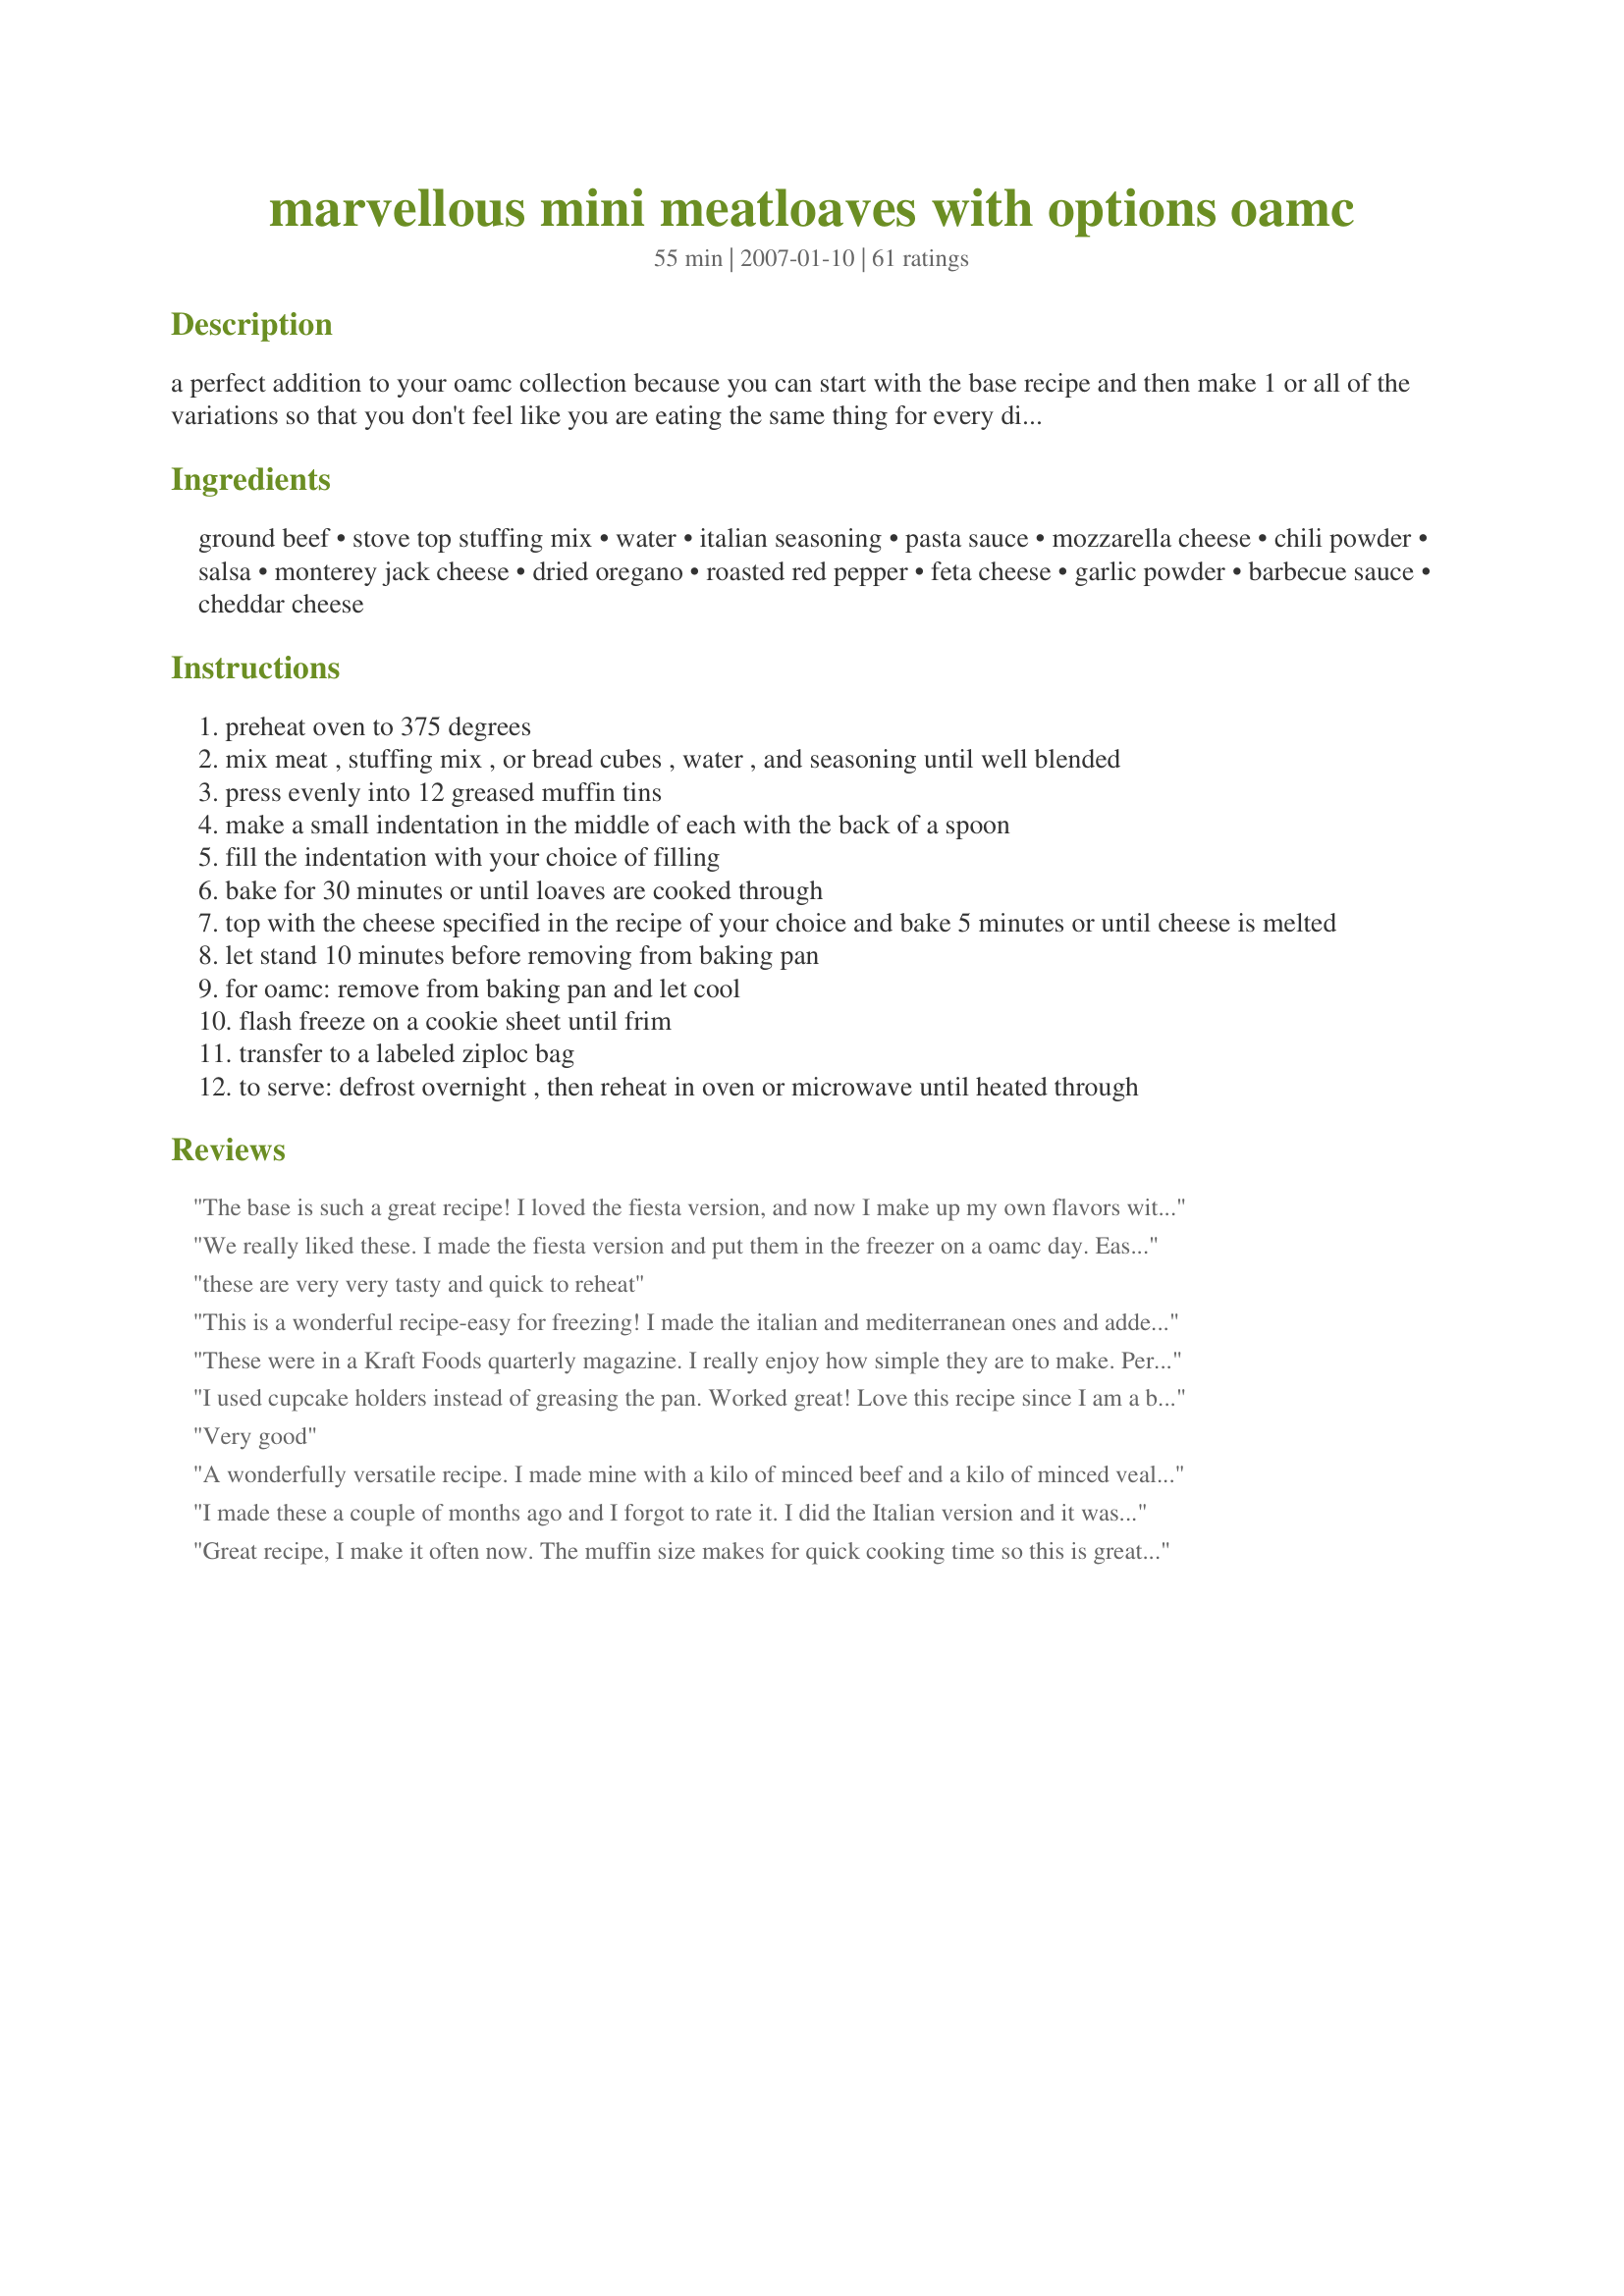
marvellous mini meatloaves with options oamc
Preparation time: 55 minutes

a perfect addition to your oamc collection because you can start with the base recipe and then make 1 or all of the variations so that you don't feel like you are eating the same thing for every dinner. this recipe is great for singles too because the mini loaves are individual servings and you can take out as many or as few as you need.

Ingredients:
ground beef, stove top stuffing mix, water, italian seasoning, pasta sauce, mozzarella cheese, chili powder, salsa, monterey jack cheese, dried oregano, roasted red pepper, feta cheese, garlic powder, barbecue sauce, cheddar cheese

Steps:
preheat oven to 375 degrees
mix meat , stuffing mix , or bread cubes , water , and seasoning until well blended
press evenly into 12 greased muffin tins
make a small indentation in the middle of each with the back of a spoon
fill the indentation with your choice of filling
bake for 30 minutes or until loaves are cooked through
top with the cheese specified in the recipe of your choice and bake 5 minutes or until cheese is melted
let stand 10 minutes before removing from baking pan
for oamc: remove from baking pan and let cool
flash freeze on a cookie sheet until frim
transfer to a labeled ziploc bag
to serve: defrost overnight , then reheat in oven or microwave until heated through

Reviews:
The base is such a great recipe! I loved the fiesta version, and now I make up my own flavors with whatever I have on hand. Thanks for posting this one.
We really liked these. I made the fiesta version and put them in the freezer on a oamc day. Easy to make and very tasty. Much quicker than regular meatloaf. Thanks!
these are very very tasty and quick to reheat
This is a wonderful recipe-easy for freezing! I made the italian and mediterranean ones and added dried minced onions, garlic, S&P to each. I used 90/10 ground sirloin and there wasn't much grease. I used both the small and large muffin tins and the larger muffin tins turned out moister than the small ones. I used a box of stovetop stuffing mix for each recipe. The small ones would work out good for my teenager's after school snacks and the larger ones for meals. thanks for the recipe.
These were in a Kraft Foods quarterly magazine. I really enjoy how simple they are to make. Personally, I like the stuffing addition--good flavor. My favorite is the fiesta version.
I used cupcake holders instead of greasing the pan. Worked great! Love this recipe since I am a big fan of stuffing mix. Smart idea! Next time I will add salt and pepper or the Italian seasoning. Otherwise,e these came out perfect.
Very good
A wonderfully versatile recipe. I made mine with a kilo of minced beef and a kilo of minced veal/pork. That's about 2.2 lbs, so I slightly upped most of the other ingredients. I added 3 finely minced cloves of garlic to the stuffing mix (including some garlic was a MUST) and in making the Mediterranean version, I used a full cup of roasted red pepper, roughly chopped, and about a dozen kalamata olives, also roughly chopped. I increased the feta to a full cup and mixed it in with the other filling ingredients rather than putting it on top at the end of the cooking time. I also added marjoram and thyme to the oregano. In filling the muffin pans, I used about 2/3 of the meat mixture, added the Mediterranean ingredients as a filling and put the reserved meat mixture on top of each mini meatloaf. My mixture made one full tray of mini meatloaves, plus another partly full tray (of 8) mini meatloves. They were moist and delicious, and as other have commented, being muffin-sized, they are so easily and conveniently retrievable from the freezer for individual meals! Thanks for sharing this recipe, *Pamela*!
I made these a couple of months ago and I forgot to rate it.
I did the Italian version and it was excellent, getting ready to make again!
Great recipe, I make it often now. The muffin size makes for quick cooking time so this is great to make from start to finish on weeknights.
This was so easy, so inexpensive, and so good!!! I will make again and again, thanks for sharing!!
DH thought these were amazing. We only tried the BBQ version, but the other versions look tasty as well! I didn't have a muffin pan at the time, so I just put the balls next to each other in a glass 9x12. Still turned out delicious!
Wonderful! I followed another reviewers suggestion of freezeing these raw, but then I couldn't get them out of the muffin tins, so we ate them sooner than I thought. No objections here! I made them with BBQ sauce and marble cheese. These will deffinately be made again and again!
Perfect in every way!! I made basic meatloaf and an oriental meatloaf recipe and they were awesome!
These are going in my monthly collection for sure!
Use lower fat beef for less grease and don't over fill the muffin cups.
Pamela...these were so easy, versatile and yummy! Made the BBQ version for DH and myself. We had three for dinner and I froze the other nine for future meals. Very moist, but held together well. I also like the fact that they cooked up much quicker than traditional meatloaf. I'm anxious to try the other versions. Thanks for sharing.
I just tried these last night. I made the bbq version for my boyfriend and me. They were delicious and tons of fun to make! I can't wait to try some of the other variations. Thanks for the recipe Pamela!! :)
I made the fiesta version and they were amazing! Next time I will mix the stove top and the seasoning before adding it to the beef. I didn't and some meatloafs came out with an extra kick. I will also try using ground turkey next time since I'm trying to limit my red meat intake. I'll post an updated review when I try the ground turkey.
I made this recipe with prepared stuffing mix. It made 12 nice sized "muffins" that we well liked by all ages. The leftovers were used to make meatloaf sandwiches. Any recipe this easy will be made again in my house!
First a point: The box of Stove Top stuffing that I bought at Wal-Mart...standard size...was around 170 grams not 120 grams. I poured it all in and thought it was a bit much, so I took about 1/3 of it out. Turned out fine.

Anywho. My husband is not a fan of meatloaf (waste of good hamburger) and he really liked these. 

Made the BBQ version without putting in the bbq sauce. Added it on the side because the kids aren't fond of bbq sauce. 

Used 90/10 ground beef that I bought at Sam's. Very little grease, but I removed from my muffin pan and placed on a paper towel.

We're going to try the Italian ones next in lieu of meatballs.
These are really pretty good! I liked the texture, and they worked great for freezing.&lt;br/&gt;&lt;br/&gt;That said, they were a little dry. Next time, I&#039;m hollowing out the middle about halfway down and filling that with sauce and cheese. Mmmm!
I'm a busy student with not much time to cook, but I threw these together for dinner tonight (incorrectly, I might add - apparently I can't read and so I added the BBQ sauce to the meat mixture) and WOW. Even with my accidental change the recipe, these turned out absolutely FANTASTIC and I will surely be attempting the other flavors!
These were so great and easy to make! They were moist and delicious. In fact, they even turned out looking really cute... which never happens. Next time I think I might try them with some turkey burger for a low fat/healthier alternative. Great recipe!
These are easy and fun to make. Kinda nice change from traditional meatloaf.
Pamela...thanks for such a great recipe idea, or ideas. I made these some weeks back. Actually, I made two batches and baked them without the toppings. I made the toppings and froze them in ice cube trays, then bagged each "flavor" in freezer bags. It
s so convenient to come home, pop an ice cube flavor you're in the mood for into the micro-wave in coffee cup (or other suitable container). Then I can "match" the muffins with whatever veggies I have at hand. I also made meatballs, and I put them into a pot with marinara sauce, gravy or again..anything I have on hand. These have saved me from having to "cook" many lunches or dinners in a jiffy on quite a few ocassions.These are also great for "portion control". Definitely a keeper!
WOW! Who knew that ground hamburger, stove top stuffing, and water could be so good! I made this for my grandparents and parents and I got rave reviews! Awesome!
For taste appeal, I actually give 4 stars, maybe 3.5 but the concept and ease of recipe far outweighs my tastebuds here, those issuces can be easily tweaked. These mini meatloaves, are just what every working mom needs. I made these and mashed potatoes for dinner in just over 30 minutes. Super easy to prepare. I had Chicken stuffing on hand, so used that and made the italian version. Next time I will probably add more meat, because the stuffing seemed to overpower it, and I tasted that the most. I used 90% lean hamburger and filled cups almost to the top, without problems. The were done on time and did not dry out.

Wonderfully easy concept! Will become a staple in our rotation for sure!
I made a double batch (with 3 pounds of ground beef) for OAMC. I divided the "base recipe" into fourths, then made a half recipe of each meatloaf version. So easy to pull out of the freezer for a quick meal! I loved all 4 flavors.
Oops I meant to add 5 stars to my review!
These are great. I used the Italian version for spagetti and meatballs. They were were quick and easy. I cooked them in a mini muffin pan. I also just mixed everything together, and added a very small onion. Great for lunch and we will eat the rest for supper with our spagetti.
These were great for everyone, even the 3 year old. We did double the recipe and tried the italian and BBQ versions. Italian was the big hit. Thanks!!
Delicious! Best Meatloaf idea ever! I used 2lb ground beef, homemade breadcrumbs, Worcestershire sauce, ketchup, onion powder, garlic, s & p, and 2 eggs. I know my recipe is different but I wanted to comment on the idea of the mini meatloaf. I love it. I didnt like meatloaf before because the center always had a texture that I didnt like, but now the center is firm without being dry, and there are more crusty bits on the outside which I enjoy.I didnt have a muffin pan so I used a pineapple can ring to form my meatloaves. If you dislike the texture of traditional meatloaf, you should try this. My recipe made 8 mini meatloaves with 2 per serving. I froze the other 4 for our next meatloaf dinner.thanks for this idea!
I have to admit I am a meatloaf loathing convert! These are sooo good! I made the italian version , execpt I noticed that I forgot to add the italian seasoning. I used the store brand chicken stuffing mix. I also used half ground beef and half ground turkey (I have trouble digesting ground beef and the mixture of the two keeps my tummy happy) The whole family loved these. So easy to make, I did not bake them ahead of time. I prepared them and placed them in muffin pans in the freezer for a few hours and when they were frozen popped them out into a freezer bag. When I baked them I placed them on a cookie sheet and baked at the instructed time and temp. Perfect results! I served mine with twice baked potatoes. Thank you Pamela for a wonderful receipe that keeps my whole family happy!
Pretty good! A hint if you are putting it in the freezer and ...you may want to cut the baking time by a few minutes that way the mini loaves won't be dried out when you reheat it.
My hubby hates meatloaf so I told him they were meatballs. Lol I got away with it. He loved them. I served them on the side with some cheese tortellini. Thanks for a superb dinner.
I love this recipe because it's simple, versatile and requires very little prep and ingredients. I've done the fiesta version and the italian version- both with favorable results. The meatloaves are soft and moist and the toppings add flavor and fun. Once, I used two cans of canned tuna (drained) instead of the beef because that's all I had on hand and a can of mushrooms and it turned out pretty good. The only suggestion to the posted recipe is that I would make is to use a little less water. Typically, I make a whole batch, package them up into individual servings and then grab-and-go for a quick lunch or dinner. I like to eat them either hot or cold. This recipe is a winner!
3/28/08- I just wanted to add that I sometimes make these as large meatballs placed on a foil-lined cookie sheet. This makes for less mess in a muffin tin and are easy to eat on the run cold or warmed up. I love this recipe and eat it at least twice a month!
I have just made these with turkey mince, and they are gorgeous, I did add some BBQ seasoning in with the meat x
I have tried the italian version, it was good.
I used these for OAMC for easy lunches for my 22 month old or for the kids when I need something in a pinch! Love them! I love them in the muffin pan because they are serving size for kids, but best of all, the time is cut in more than half to make the meatloaf. So easy and fun, I will be using this one on a regular basis! I did use Pepperidge Farms bread cubes and put them in the water first and mashed the cubes before adding to ground meat.
Made the BBQ version. Really liked the taste of it, and it was really easy to make. My only problems were that it fell apart after cooking, and it was really greasy
This were great! I made the italian and fiesta versions for us and a modified version for a friend who just gave birth to twins (and has 3 other kids already!). I made two recipes altogether, one for her (just used chedder cheese) and splitting the other one so I ended up with 6 of each version. I used a whole box of stuffing mix for each recipe and jumbo muffin tins. When filling the tins, I pushed a hole in the center, put the fillings in and then added a bit more of the meat mixture, sealing the hole. It worked out really well! The stuffing gives it such a great flavor. I loved both versions, but I loved the fiesta one a teeny bit more. :) Thanks for a fantastic recipe for a new OAM cooker!
I liked these because I like the stove top stuffing. My husband said thats all he could taste and didnt really like it. We'll try the plain bread kind next time and add our own seasonings, its a nice snack to have on hand for busy days.
fantastic! i had a 1 lbs. ground beef, which was a little too much for 24 mini muffin tins. i did the fiesta mexican version. instead of chili powder, i used a taco packet. i also added a bit of minced onion to the meat. i filled my muffin tins in the morning, so dinner was pretty much done! this is such a great recipe, i can't wait to try other versions. i want to try the mediterranean version and put feta cheese in the meat! thanks for posting, this is an awesome, versatile keeper!!!
I made the italian recipe but will definitely make the other versions as well! They are a twist on my mother's old fashioned meat loaf...and she even enjoyed them! thanks for sharing
I wanted to try this recipe, but I couldn't figure out what to do with the 1 cup of water listed in the base recipe. Maybe I'm missing it, but it doesn't seem to specify in the recipe if you mix it in with the ground beef and stuffing (which I would assume?). Hmmmmm....
Mmmm I made a variety of these and froze my family loved them.
yum!!! i made the bbq version tonight and they were great. i can't wait to try the other versions. thanks for a great easy recipe. i used lean beef so there wasn't lots of grease.
I made these tonight for dinner. They were very good! I made the Italian version, but I plan on trying each variety! We ate 6 between the 3 of us and I am freezing the others for later! Thanks!
This was FANTASTIC. The boy ate all of it. I used Turkey instead of beef. And there are WAY more ways to combine the meat and sauces that I brainstormed. Be creative! Have fun!
I thought these would be great but the kid weren't thrilled. On some of them, I used just the main recipe with ketchup on top and they were the best. A great idea, though, and I may use a different recipie to make meat muffins in the future.
This is an awesome toddler recipe. I made it OAMC with a friend for our toddler boys. We got in a hurry and mixed all ingredients together instead of making a hole and so forth....worked perfect and did the same thing the second time. Yummy! Thanks!
These are delightful. I made 3 of each. Last night was Mediterranean and Fiesta, tonight is Italian and BBQ.
Thank you, Pam, for posting this.
I really wanted to like this esp. with all the great reviews. Sadly, it was not a hit here. I used lean gr. turkey/ 90% lean gr. beef and grease formed in the intention where the sauce was. Next batched made the intentions but didn't add the sauce. Once cooked dabbed the grease out of the intention then added the bbq sauce and cheese. Better but I wouldn't make again.
These are magically delicious. Made the italian and mexican versions and they were wonderful. Sharing this recipe with all my friends! Thank you!
These are quick, easy and delicious! I made the Fiesta version and the BBQ version. These are perfect to have on hand for last minute dinners. I look forward to trying the Italian and Mediterranean versions soon. I may try adding sauteed green peppers and onions to the next batch to add a little moistness and extra flavor (though it's really great as written). Thanks for posting such a great recipe Pamela!
I made the Bar B Q version and they were ALL gone! I blended everything together BUT the cheese and it turned out great!
Thanks for something that is easy to make ahead and throw in the over later!
Jenn
This was a nice, easy meal to throw together, with enough left over to freeze for another dinner. I used 1 1/4 lbs of 93% lean beef, and a 6 ounce package of cornbread stuffing mix. (I may omit a little bit of the stuffing next time.) DH was not too fond of the BBQ sauce - next time, I may stick with ketchup, and mix the cheese in with the meat. Served with mashed potatoes and peas. Thanks for sharing!
Tastes good and so, so easy! Now have several little meatloaves in the freezer. Yeah!
These were great for OAMC. I am NOT a meatloaf person but loved these. We did have a problem with grease boiling out of the muffin tins, so be sure to line your oven. Also, it made more than stated here for us. Probably 2-4 mini loaves is a serving. DH thought they needed a bit more of the extra stuff on top, maybe even mix it in next time.
I made these the other night from the Kraft Food & Family magazine and was just coming to post the recipe. I guess I don't have to do that anymore! I made the BBQ kind. We ate half of them and I froze the rest. I am planning to take one or two to work tomorrow for lunch. I also plan to try the other variations of these. DBF loves these "meat muffins"!
I made the bbq version, and used dry bread cubes. A great stretcher. Next time, I would cut the cubes smaller, and add less water, I think. These were awfully loose and a bit greasy, but I think that was the quality of the meat. I used 2# ground beef, and they made a bit of a mess in the oven. Still, very tasty. Amazing idea, and a good recipe! Will be freezing leftovers to test for OAMC. ETA 8/16/09: I made these last nite, w/out the bread and water, the Italian version. Filled w/a cube of moz instead of shreds, which is infinitely easier. While the bread IS a great stretcher, the all-meat version is good for low-carbing. Thanks again, *Pamela*.
What an AMAZING OAMC recipe! I do have to admit (as embarrasing as it is) I forgot to add the water! At least on most of them I did. I used 2 pounds of ground beef and 1 pound of loose sweet Italian sausage, and still only used 1 box of stuffing mix. Since I forgot the water, it made much smaller muffins than it should have, but they tasted AMAZING. I used Recipe#137860 for the pasta sauce because I forgot to save some from my other recipes (I'm new to OAMC). I got 24 mini muffins that my kids will actually eat! They said they remind them of pizza, so next time, I might add a piece of turkey pepperoni on the top before adding the sauce, or I might chops some up to add to the meat. For the BBQ, I used some dry BBQ seasoning in the meat, and made my own sauce using ketchup, chili sauce, onion and garlic powder, apple cider vinegar, honey, pancake syrup, and hickory flavored liquid smoke. I used seasoned bread crumbs, and again forgot the water! I got 12 small muffins. I might do some bacon here next time, for BBQ bacon muffins, on top of the sauce and under the cheese...yummm. Finally, I made 6 fiesta muffins using fajita seasoning instead of chili poweder, cracker crumbs, and cheddar cheese, because that's all I had. Thank you for posting a wonderful, versatile, all around perfect recipe, that I will get right next time!!!!!
